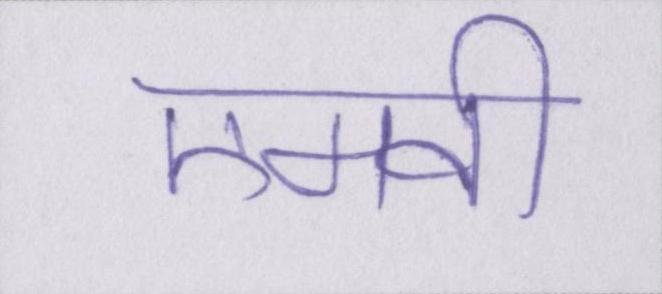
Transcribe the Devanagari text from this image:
एमवी